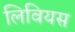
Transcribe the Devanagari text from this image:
लिवियस